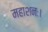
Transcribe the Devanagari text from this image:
महाशनः।